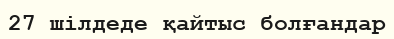
27 шілдеде қайтыс болғандар